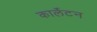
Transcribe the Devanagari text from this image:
कार्लेटन